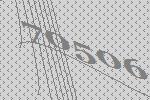
70506